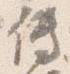
伝